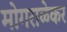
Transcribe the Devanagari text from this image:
मोगराळेकर